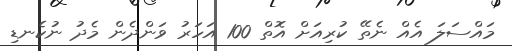
މައްސަލަ އެއް ނެތޭ ކުރިއަށް އޮތް 100 އަހަރު ވަންދެން މެދު ނުކެނޑި